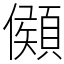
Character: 䫛